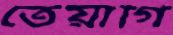
তেয়াগি